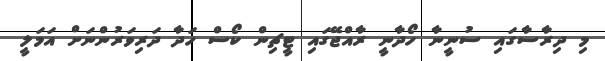
މި ދިރާސާގައި ސުނީނާ ހޯދާނީ ރާއްޖޭގައި ޓީޗިން ކޯސް ހަދާ ދަރިވަރުންނަށް އަމަލީ